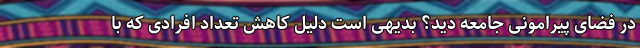
در فضای پیرامونی جامعه‌ دید؟ بدیهی است دلیل کاهش تعداد افرادی که با